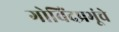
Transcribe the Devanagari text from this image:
गोविंदप्रभूंचे